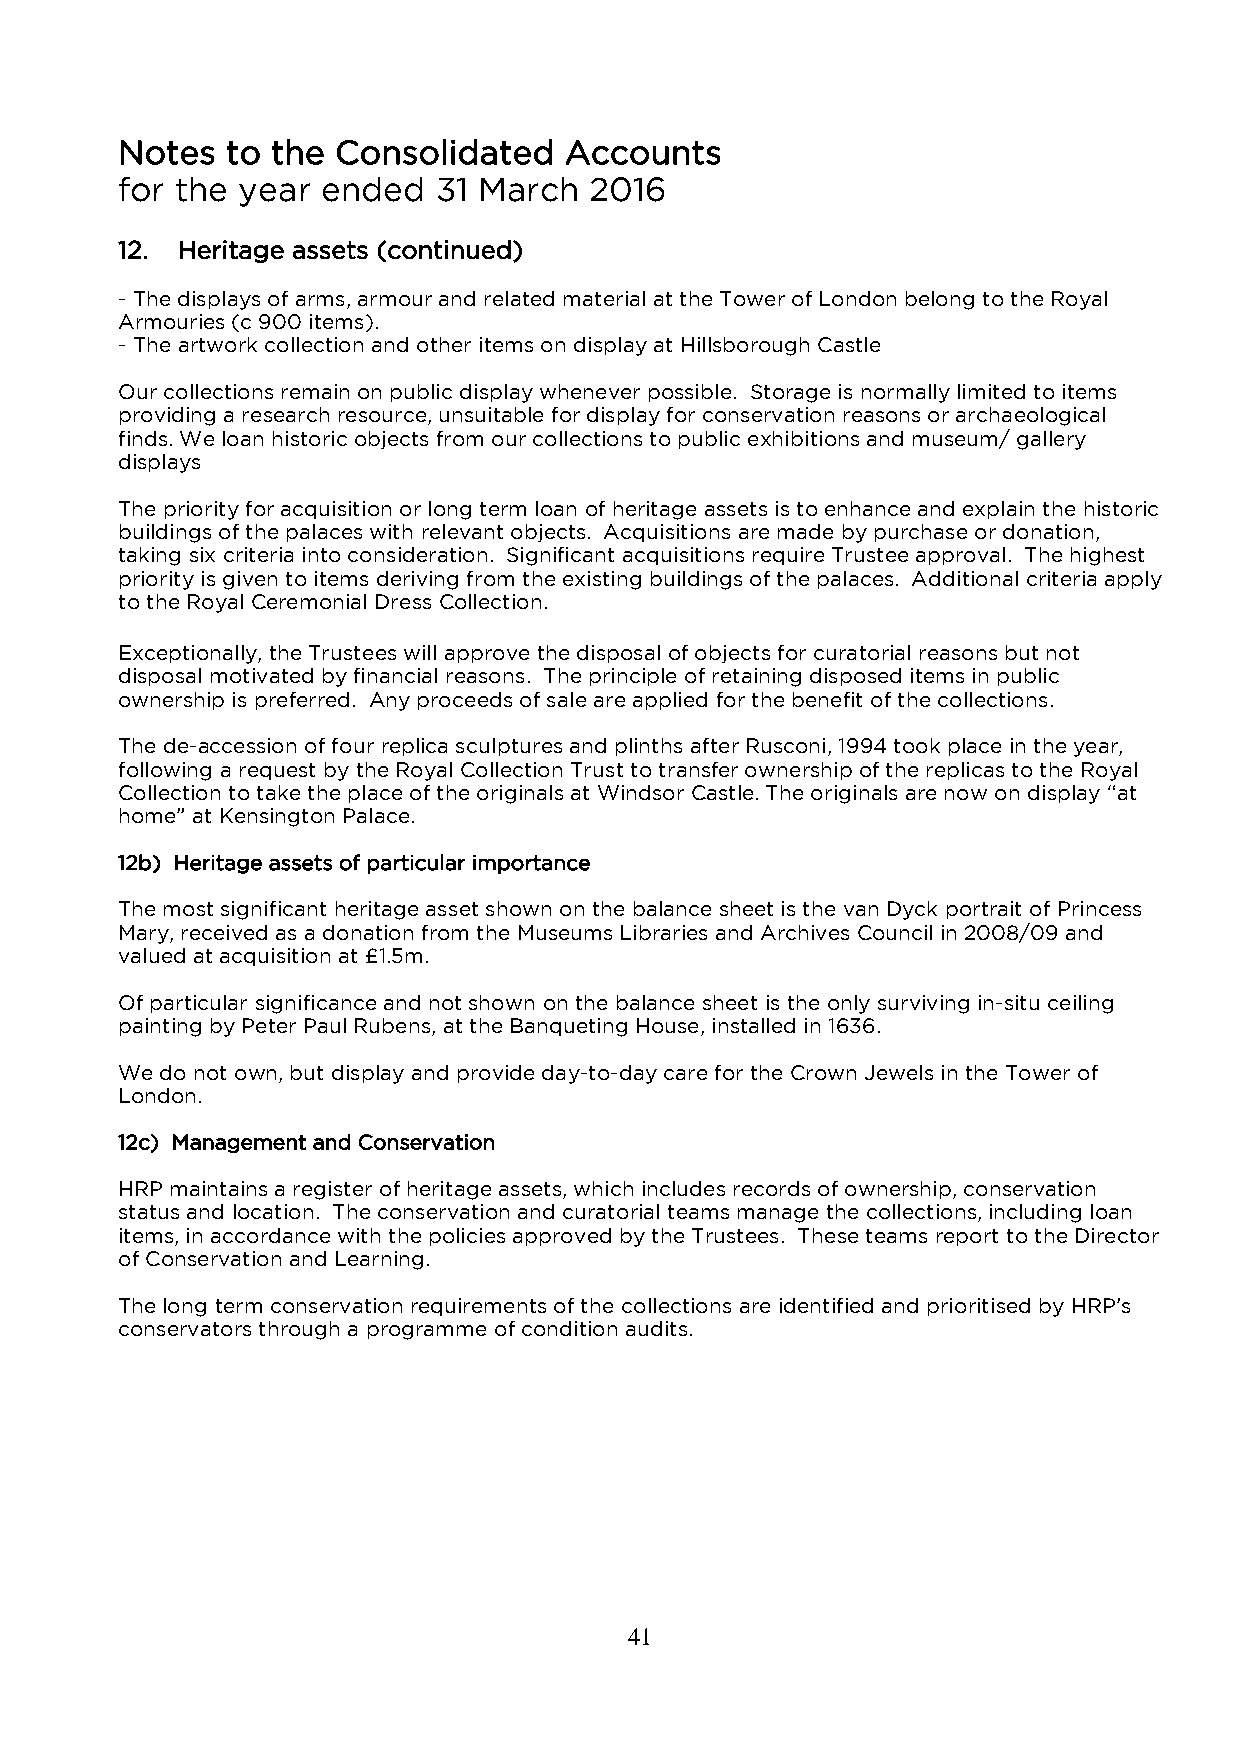
Notes  to the Consolidated   Accounts
 for the year ended   31 March  2016
 12. Heritage assets (continued)
 - The displays of arms, armour and related material at the Tower of London belong to the Royal
 Armouries (c 900 items).
 - The artwork collection and other items on display at Hillsborough Castle
 Our collections remain on public display whenever possible. Storage is normally limited to items
 providing a research resource, unsuitable for display for conservation reasons or archaeological
 finds. We loan historic objects from our collections to public exhibitions and museum/ gallery
 displays
 The priority for acquisition or long term loan of heritage assets is to enhance and explain the historic
 buildings of the palaces with relevant objects. Acquisitions are made by purchase or donation,
 taking six criteria into consideration. Significant acquisitions require Trustee approval. The highest
 priority is given to items deriving from the existing buildings of the palaces. Additional criteria apply
 to the Royal Ceremonial Dress Collection.
 Exceptionally, the Trustees will approve the disposal of objects for curatorial reasons but not
 disposal motivated by financial reasons. The principle of retaining disposed items in public
 ownership is preferred. Any proceeds of sale are applied for the benefit of the collections.
 The de-accession of four replica sculptures and plinths after Rusconi, 1994 took place in the year,
 following a request by the Royal Collection Trust to transfer ownership of the replicas to the Royal
 Collection to take the place of the originals at Windsor Castle. The originals are now on display “at
 home” at Kensington Palace.
 12b) Heritage assets of particular importance
 The most significant heritage asset shown on the balance sheet is the van Dyck portrait of Princess
 Mary, received as a donation from the Museums Libraries and Archives Council in 2008/09 and
 valued at acquisition at £1.5m.
 Of particular significance and not shown on the balance sheet is the only surviving in-situ ceiling
 painting by Peter Paul Rubens, at the Banqueting House, installed in 1636.
 We do not own, but display and provide day-to-day care for the Crown Jewels in the Tower of
 London.
 12c) Management and Conservation
 HRP maintains a register of heritage assets, which includes records of ownership, conservation
 status and location. The conservation and curatorial teams manage the collections, including loan
 items, in accordance with the policies approved by the Trustees. These teams report to the Director
 of Conservation and Learning.
 The long term conservation requirements of the collections are identified and prioritised by HRP’s
 conservators through a programme of condition audits.
 41